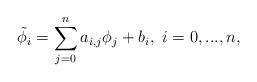
LaTeX: \begin{align*} \tilde{\phi}_i=\sum_{j=0}^na_{i,j}\phi_j+b_i,~i=0,...,n, \end{align*}